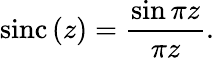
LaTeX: \mathrm{sinc}\left(z\right)=\frac{\sin{\pi z}}{\pi z}.